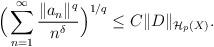
LaTeX: \begin{align*}\Big(\sum_{n=1}^\infty \frac{\|a_n\|^q}{n^\delta}\Big)^{1/q} \leq C \|D\|_{\mathcal{H}_{p}(X)}.\end{align*}